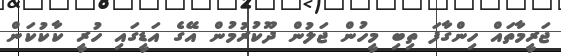
ޖަރީމާތައް ހިންގާފަ ތިބި މީހުން ޖަލުން ދޫކުރުމުން އޭގެ އަޑީގައި ހުރީ ކާކުކަން